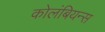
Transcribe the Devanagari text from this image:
कोलंबियन्स